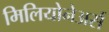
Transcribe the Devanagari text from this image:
मिलियोनेअर्स